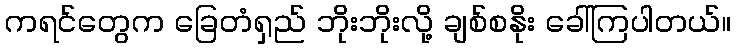
ကရင်တွေက ခြေတံရှည် ဘိုးဘိုးလို့ ချစ်စနိုး ခေါ်ကြပါတယ်။